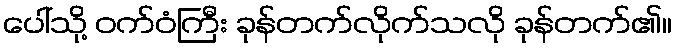
ပေါ်သို့ ဝက်ဝံကြီး ခုန်တက်လိုက်သလို ခုန်တက်၏။